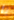
يا